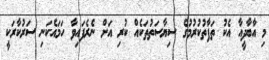
މި އާބާދީއާ އެކު ތަފާތުކުރުމުގެ ސިޔާސަތުތަކެއް ކުރި އަށް ނެރެފައިވާ ހަމައެކަނި ސަރުކާރަކީ